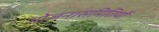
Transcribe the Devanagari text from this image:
योजनासमितियों